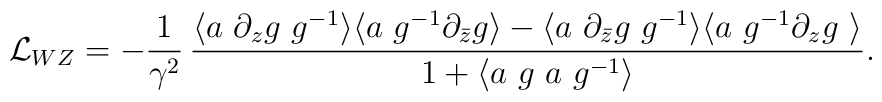
\label{L_{WZ}}{\mathcal L}_{WZ} =-\frac{1}{\gamma^2}\,\frac{\langle a~\partial_zg~ g^{-1} \rangle\langle a~ g^{-1}\partial_{\bar z}g\rangle -\langle a~\partial_{\bar z}g~ g^{-1} \rangle\langle a~ g^{-1}\partial_zg~\rangle}{1+\langle a~g~a~g^{-1}\rangle} .